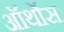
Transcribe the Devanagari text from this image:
ऑर्थोस